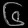
Digit: ၆